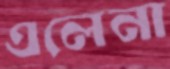
এলেনা